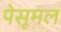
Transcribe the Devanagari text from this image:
पेसूमल